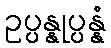
ဥပ္ပန္နုပ္ပန္နံ